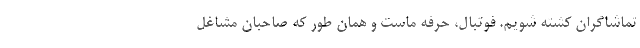
تماشاگران کُشته شویم. فوتبال، حرفه ماست و همان طور که صاحبان مشاغل